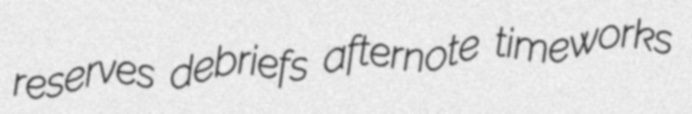
reserves debriefs afternote timeworks